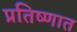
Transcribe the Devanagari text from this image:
प्रतिष्णात